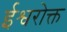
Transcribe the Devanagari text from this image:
ईश्वरोक्त